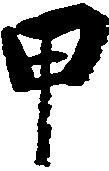
甲